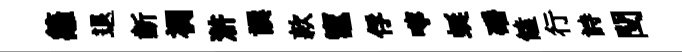
籬退齗裯滸譔款竈俘嚀蜒磻饁行詩閏